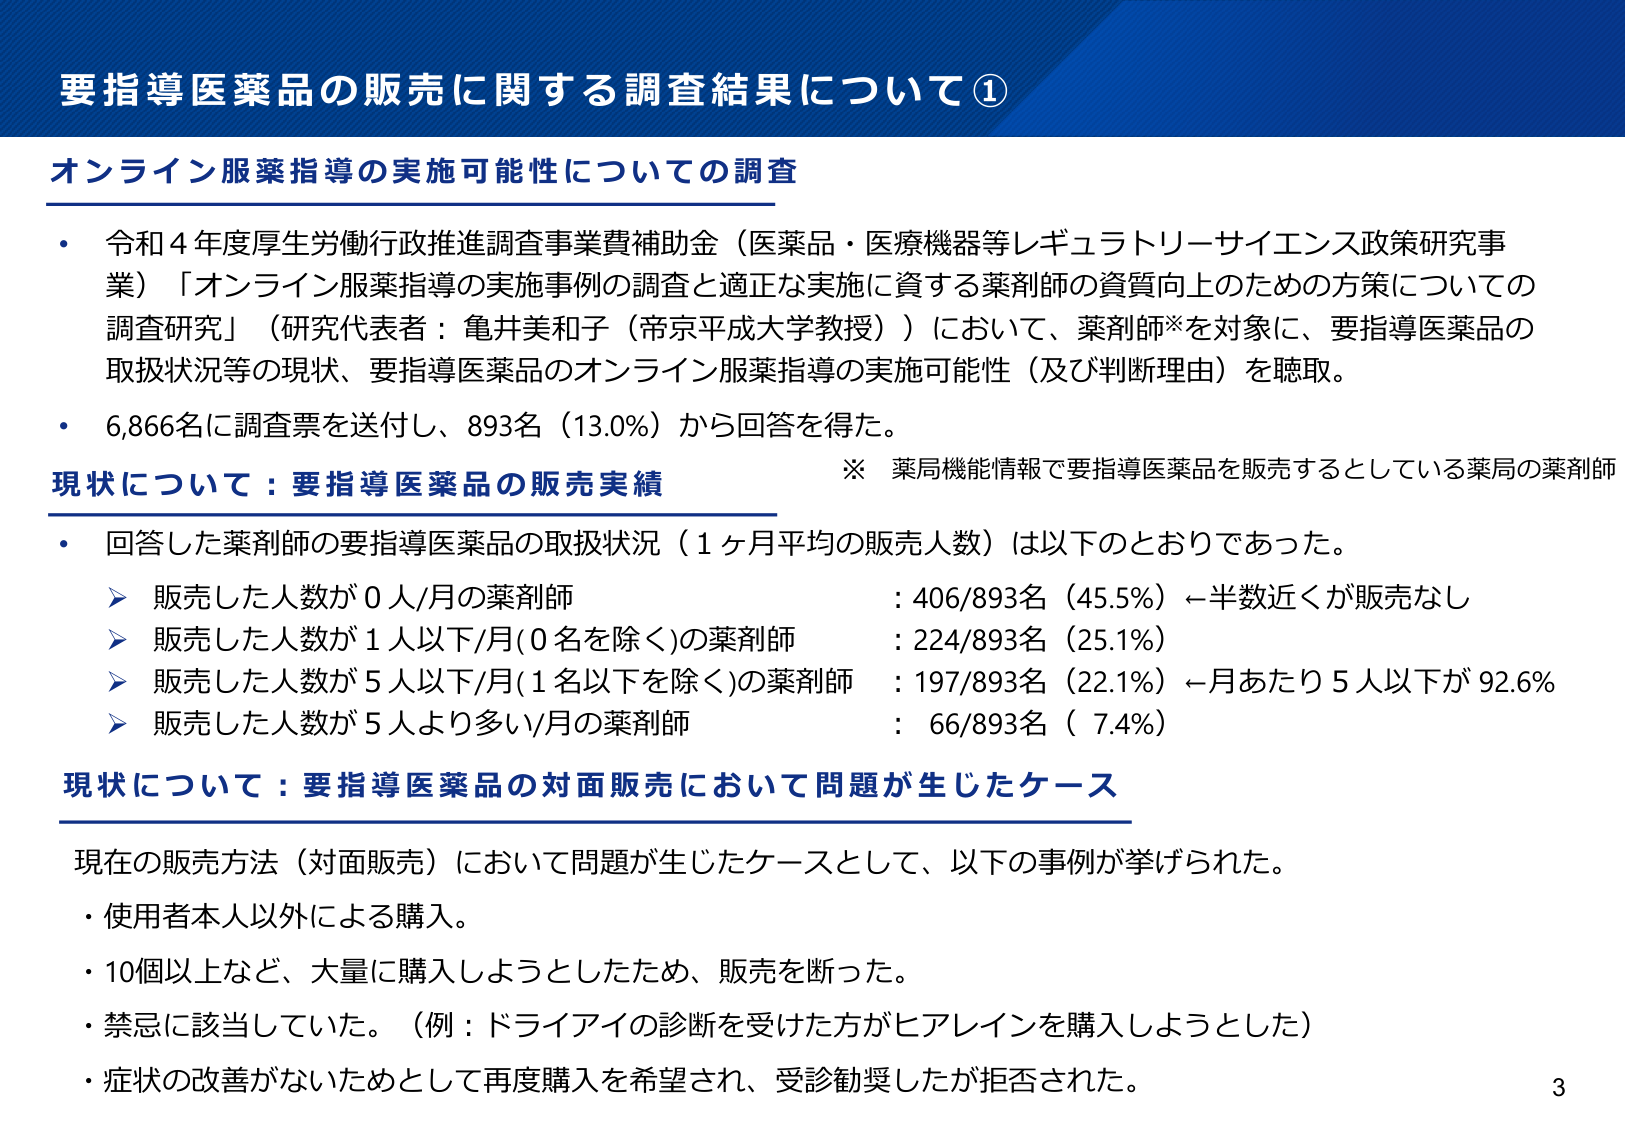
要指導医薬品の販売に関する調査結果について①

オンライン服薬指導の実施可能性についての調査

・令和4年度厚生労働行政推進調査事業費補助金（医薬品・医療機器等レギュラトリーサイエンス政策研究事業）「オンライン服薬指導の実施事例の調査と適正な実施に資する薬剤師の資質向上のための方策についての調査研究」（研究代表者：亀井美和子（帝京平成大学教授））において、薬剤師※を対象に、要指導医薬品の取扱状況等の現状、要指導医薬品のオンライン服薬指導の実施可能性（及び判断理由）を聴取。

・6,866名に調査票を送付し、893名（13.0%）から回答を得た。

現状について：要指導医薬品の販売実績
※ 薬局機能情報で要指導医薬品を販売するとしている薬局の薬剤師

・回答した薬剤師の要指導医薬品の取扱状況（1ヶ月平均の販売人数）は以下のとおりであった。
　➤ 販売した人数が0人/月の薬剤師 ：406/893名（45.5%）←半数近くが販売なし
　➤ 販売した人数が1人以下/月(0名を除く)の薬剤師 ：224/893名（25.1%）
　➤ 販売した人数が5人以下/月(1名以下を除く)の薬剤師 ：197/893名（22.1%）←月あたり5人以下が92.6%
　➤ 販売した人数が5人より多い/月の薬剤師 ：66/893名（7.4%）

現状について：要指導医薬品の対面販売において問題が生じたケース

現在の販売方法（対面販売）において問題が生じたケースとして、以下の事例が挙げられた。
・使用者本人以外による購入。
・10個以上など、大量に購入しようとしたため、販売を断った。
・禁忌に該当していた。（例：ドライアイの診断を受けた方がヒアレインを購入しようとした）
・症状の改善がないためとして再度購入を希望され、受診勧奨したが拒否された。

3